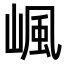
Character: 𡺤